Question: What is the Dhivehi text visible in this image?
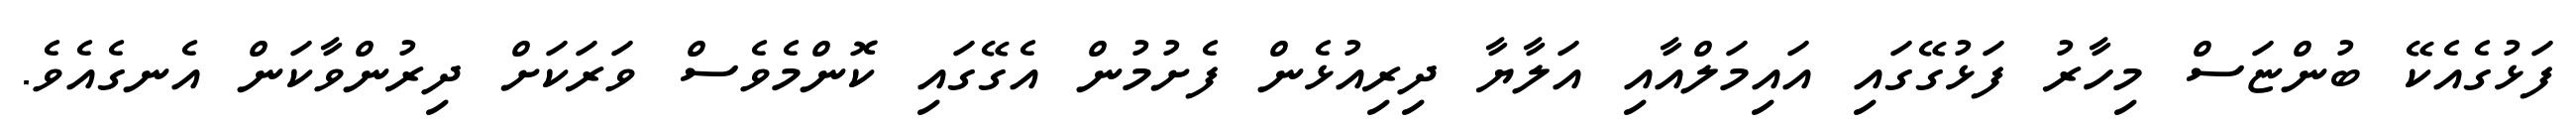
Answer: ފަޅުގެއެކޭ ބުންޏަސް މިހާރު ފަޅުގޭގައި އައިމަލްއާއި އަލާޔާ ދިރިއުޅެން ފެށުމުން އެގޭގައި ކޮންމެވެސް ވަރަކަށް ދިރުންވާކަން އެނގެއެވެ.